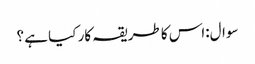
سوال:اس کا طریقہ کار کیا ہے ؟